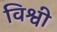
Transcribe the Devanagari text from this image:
विश्वी